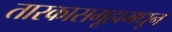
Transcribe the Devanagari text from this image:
तारकासमूहामधून